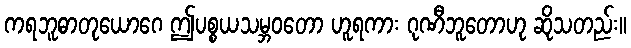
ကရဘူဓာတုယောဂေ ဤပစ္စယသမ္ဘဝတော ဟူရကား ဂုဏီဘူတောဟု ဆိုသတည်း။